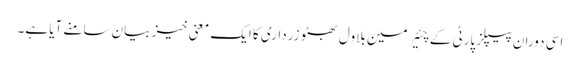
اسی دوران پیپلز پارٹی کے چئیرمین بلاول بھٹو زرداری کا ایک معنی خیز بیان سامنے آیا ہے۔